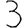
Digit: 3